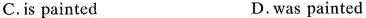
c. is painted D. was painted